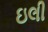
ઇલી